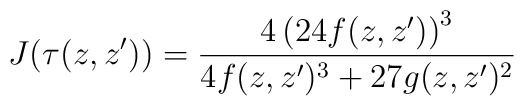
J(\tau(z,z'))= \frac{ 4\left( 24 f(z,z')\right)^3}{4 f(z,z')^3+ 27 g(z,z')^2}